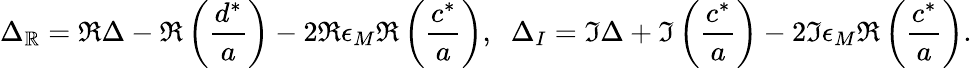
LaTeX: \Delta_{\mathbb{R}}=\Re\Delta-\Re\left({\frac{{d^{*}}}{{a}}}\right)-2\Re\epsilon_{M}\Re\left({\frac{{c^{*}}}{{a}}}\right),\; \; \Delta_{I}=\Im\Delta+\Im\left({\frac{{c^{*}}}{{a}}}\right)-2\Im\epsilon_{M}\Re\left(\frac{{c^{*}}}{{a}}\right).